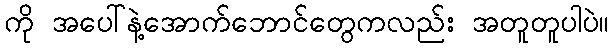
ကို အပေါ်နဲ့အောက်ဘောင်တွေကလည်း အတူတူပါပဲ။